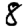
Digit: 8